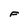
Character: F